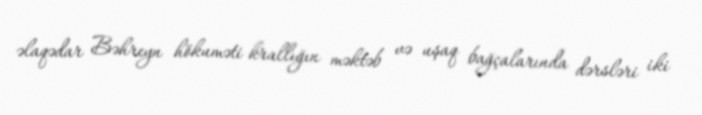
əlaqədar Bəhreyn hökuməti krallığın məktəb və uşaq bağçalarında dərsləri iki